Annual vaccination report of Bihar and Orissa - 1911-1928
Year: 1911
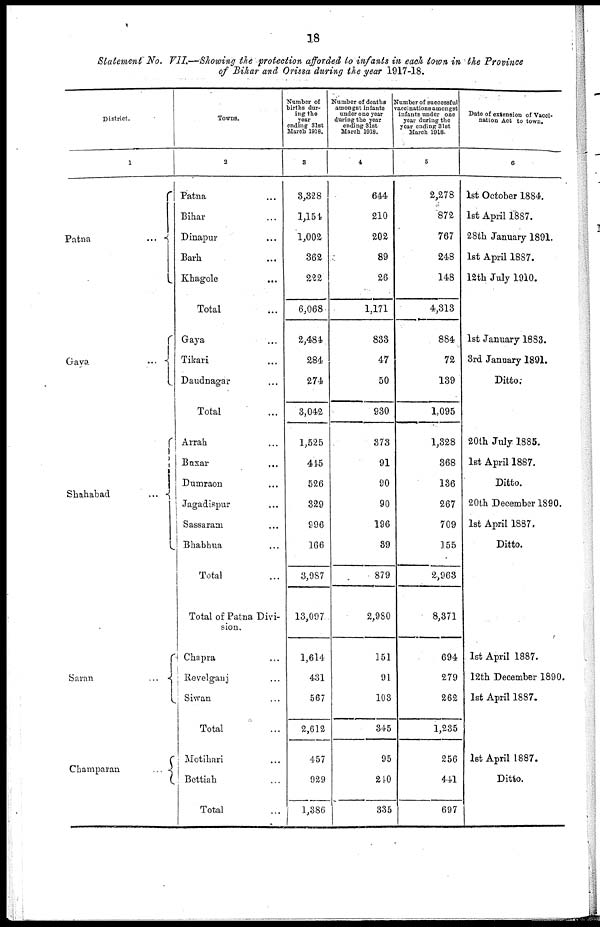
18
Statement No. VII.—Showing the protection afforded to infants in each town in the Province
of Bihar and Orissa during the year 1917-18.
District.
1
Patna
...
Gaya ...
Shahabad
...
Saran
...
Champaran
...
Towns.
2
Patna ...
Bihar ...
Dinapur ...
Barh ...
Khagole ...
Total ...
Gaya ...
Tikari ...
Daudnagar ...
Total ...
Arrah ...
Baxar ...
Dumraon ...
Jagadispur ...
Sassaram ...
Bhabhua ...
Total ...
Total of Patna Divi-
sion.
Chapra ...
Revelganj ...
Siwan ...
Total ...
Motihari ...
Bettiah ...
Total ...
Number of
births dur-
ing the
year
ending 31st
March 1918.
3
3,328
1,154
1,002
362
222
6,068
2,484
284
274
3,042
1,525
445
526
329
996
166
3,987
13,097
1,614
431
567
2,612
457
929
1,386
Number of deaths
amongst infants
under one year
during the year
ending 31st
March 1918.
4
644
210
202
89
26
1,171
833
47
50
930
373
91
90
90
196
39
879
2,980
151
91
103
345
95
210
335
Number of successful
vaccinations amongst
infants under one
year during the
year ending 31st
March 1918.
5
2,278
872
767
248
148
4,313
884
72
139
1,095
1,328
368
136
267
709
155
2,963
8,371
694
279
262
1,235
256
441
697
Rate of extension of Vacci-
nation Act to town.
6
1st October 1884.
1st April 1887.
28th January 1891.
1st April 1887.
12th July 1910.
1st January 1883.
3rd January 1891.
Ditto
20th July 1885.
1st April 1887.
Ditto.
20th December 1890.
1st April 1887.
Ditto.
1st April 1887.
12th December 1890.
1st April 1887.
1st April 1887.
Ditto.